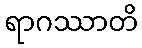
ရာဂဿာတိ